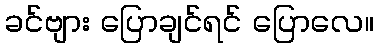
ခင်ဗျား ပြောချင်ရင် ပြောလေ။